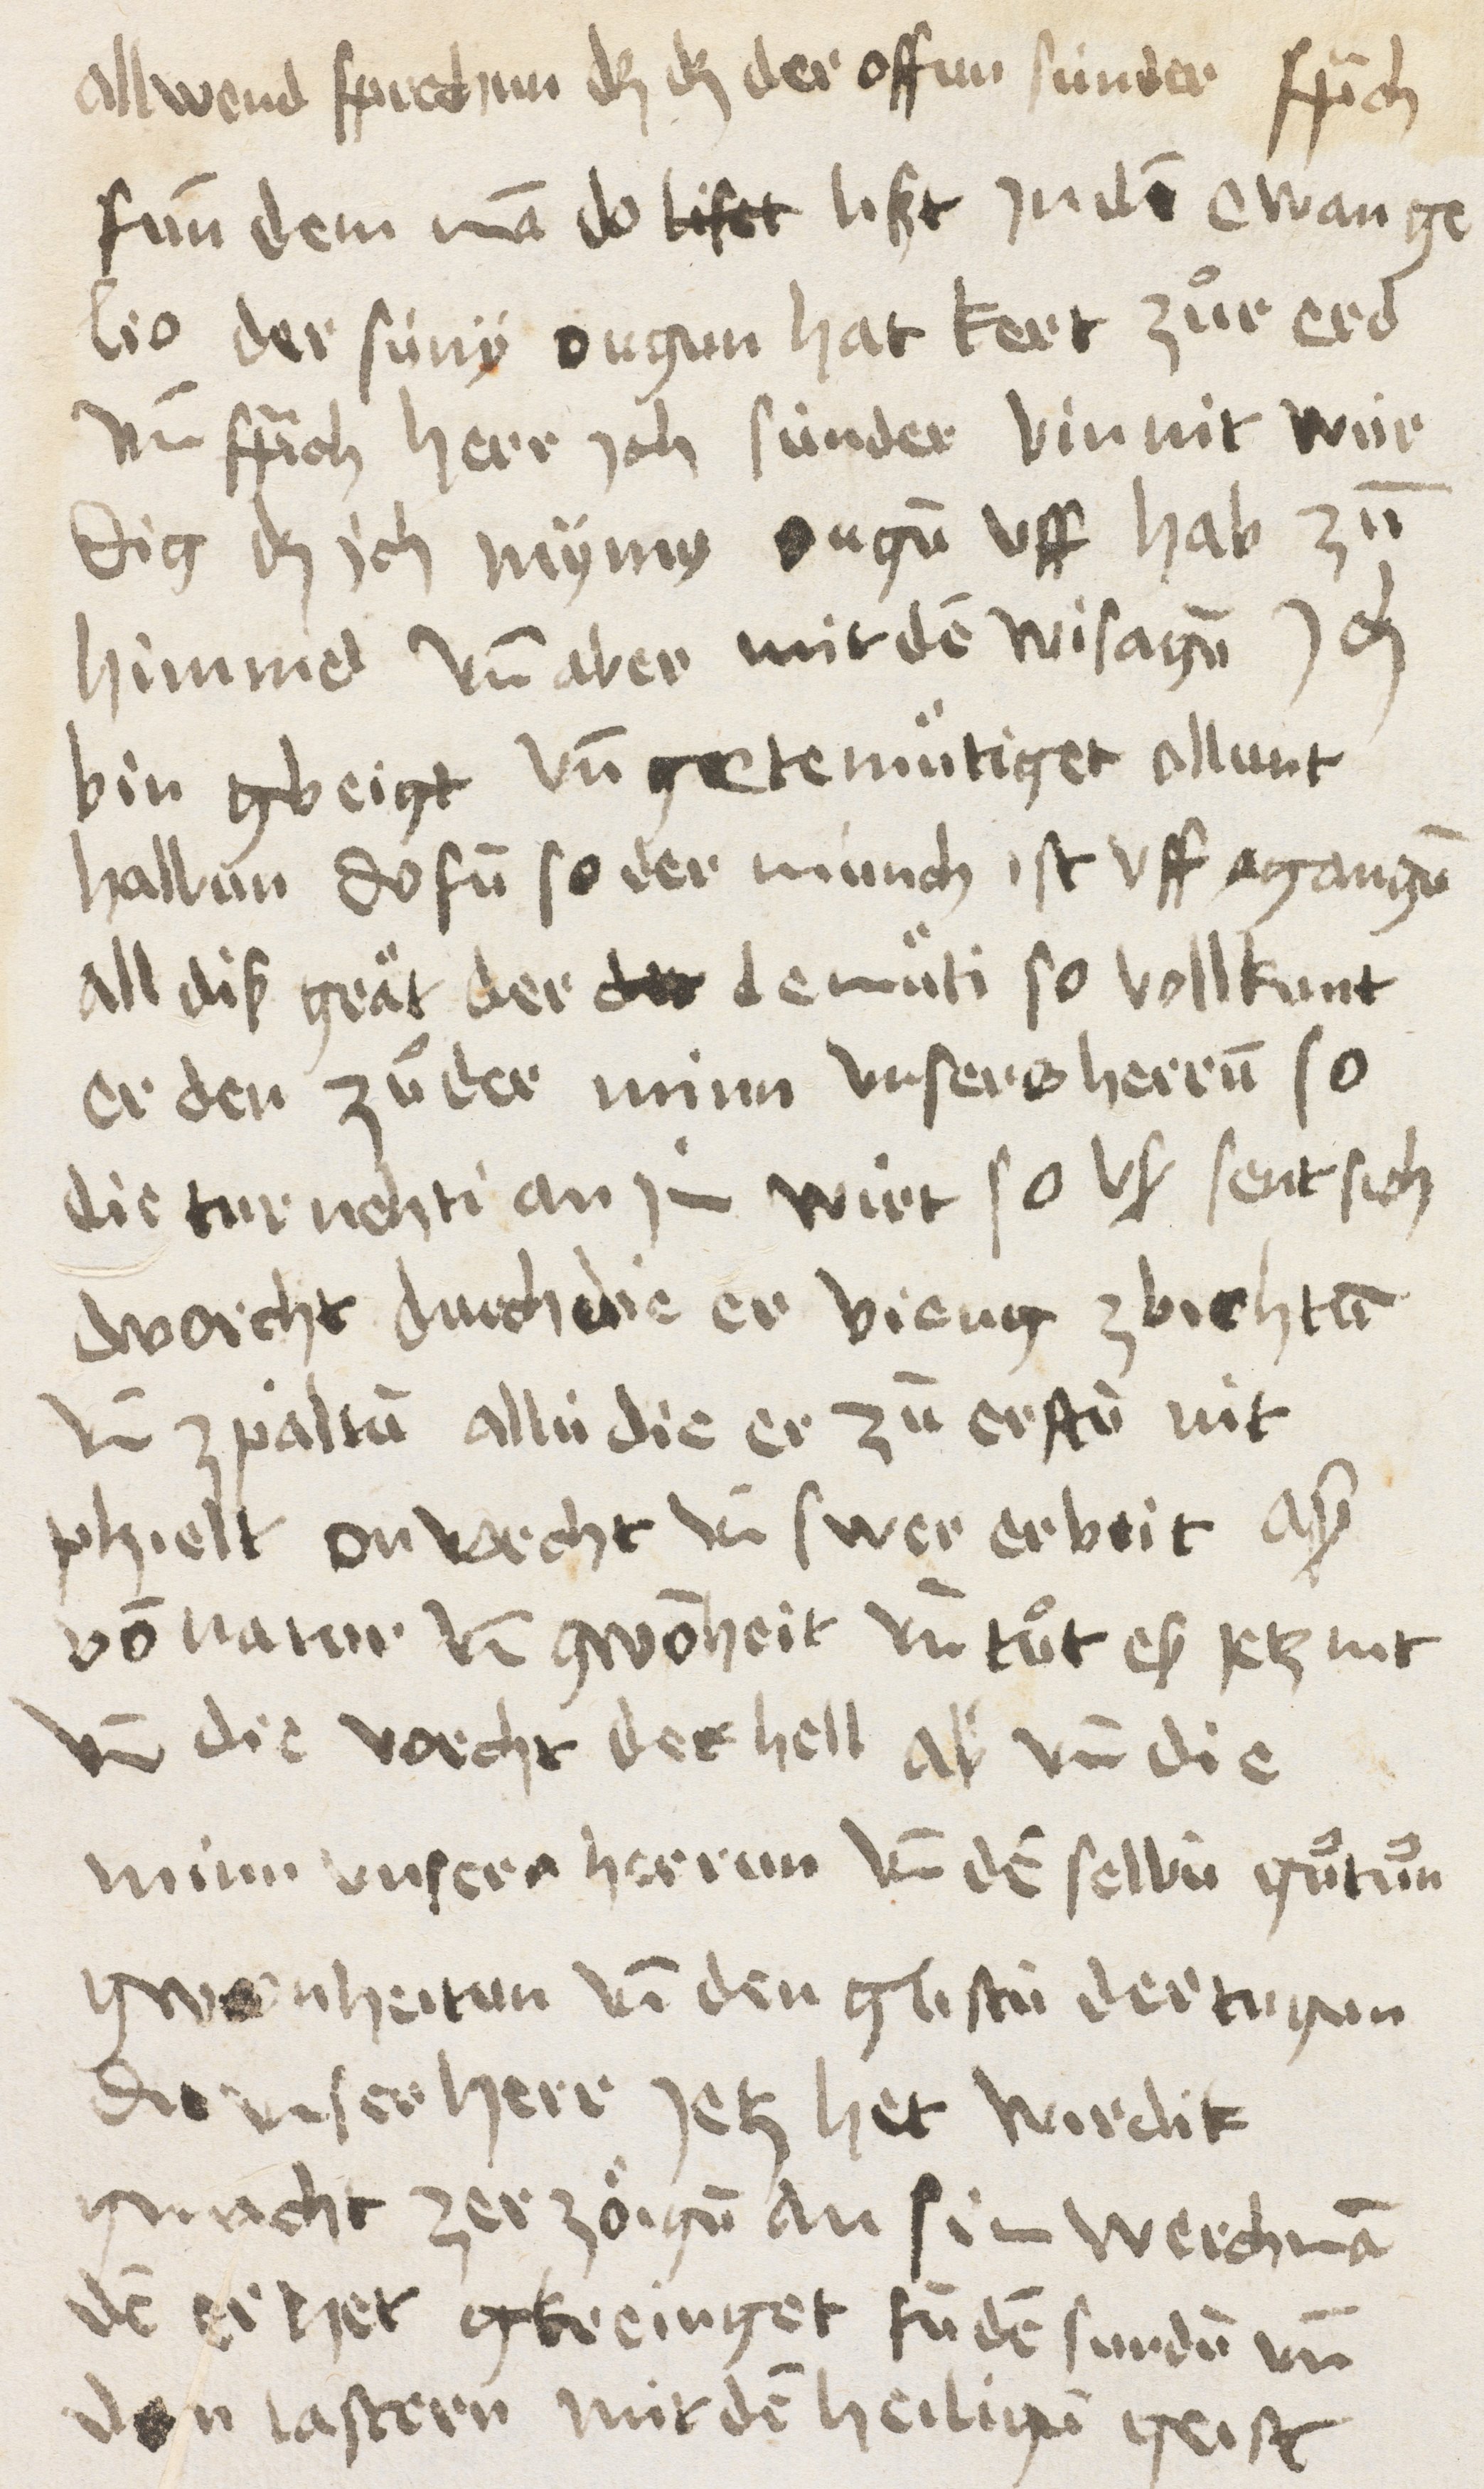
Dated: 1400–1499